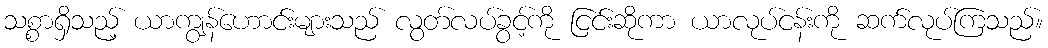
သစ္စာရှိသည့် ယာကျွန်ဟောင်းများသည် လွတ်လပ်ခွင့်ကို ငြင်းဆိုကာ ယာလုပ်ငန်းကို ဆက်လုပ်ကြသည်။